NAE_ERA_R-2324_Eesti_Vabariigi_Pohiseaduslik_Assamblee, lk 60
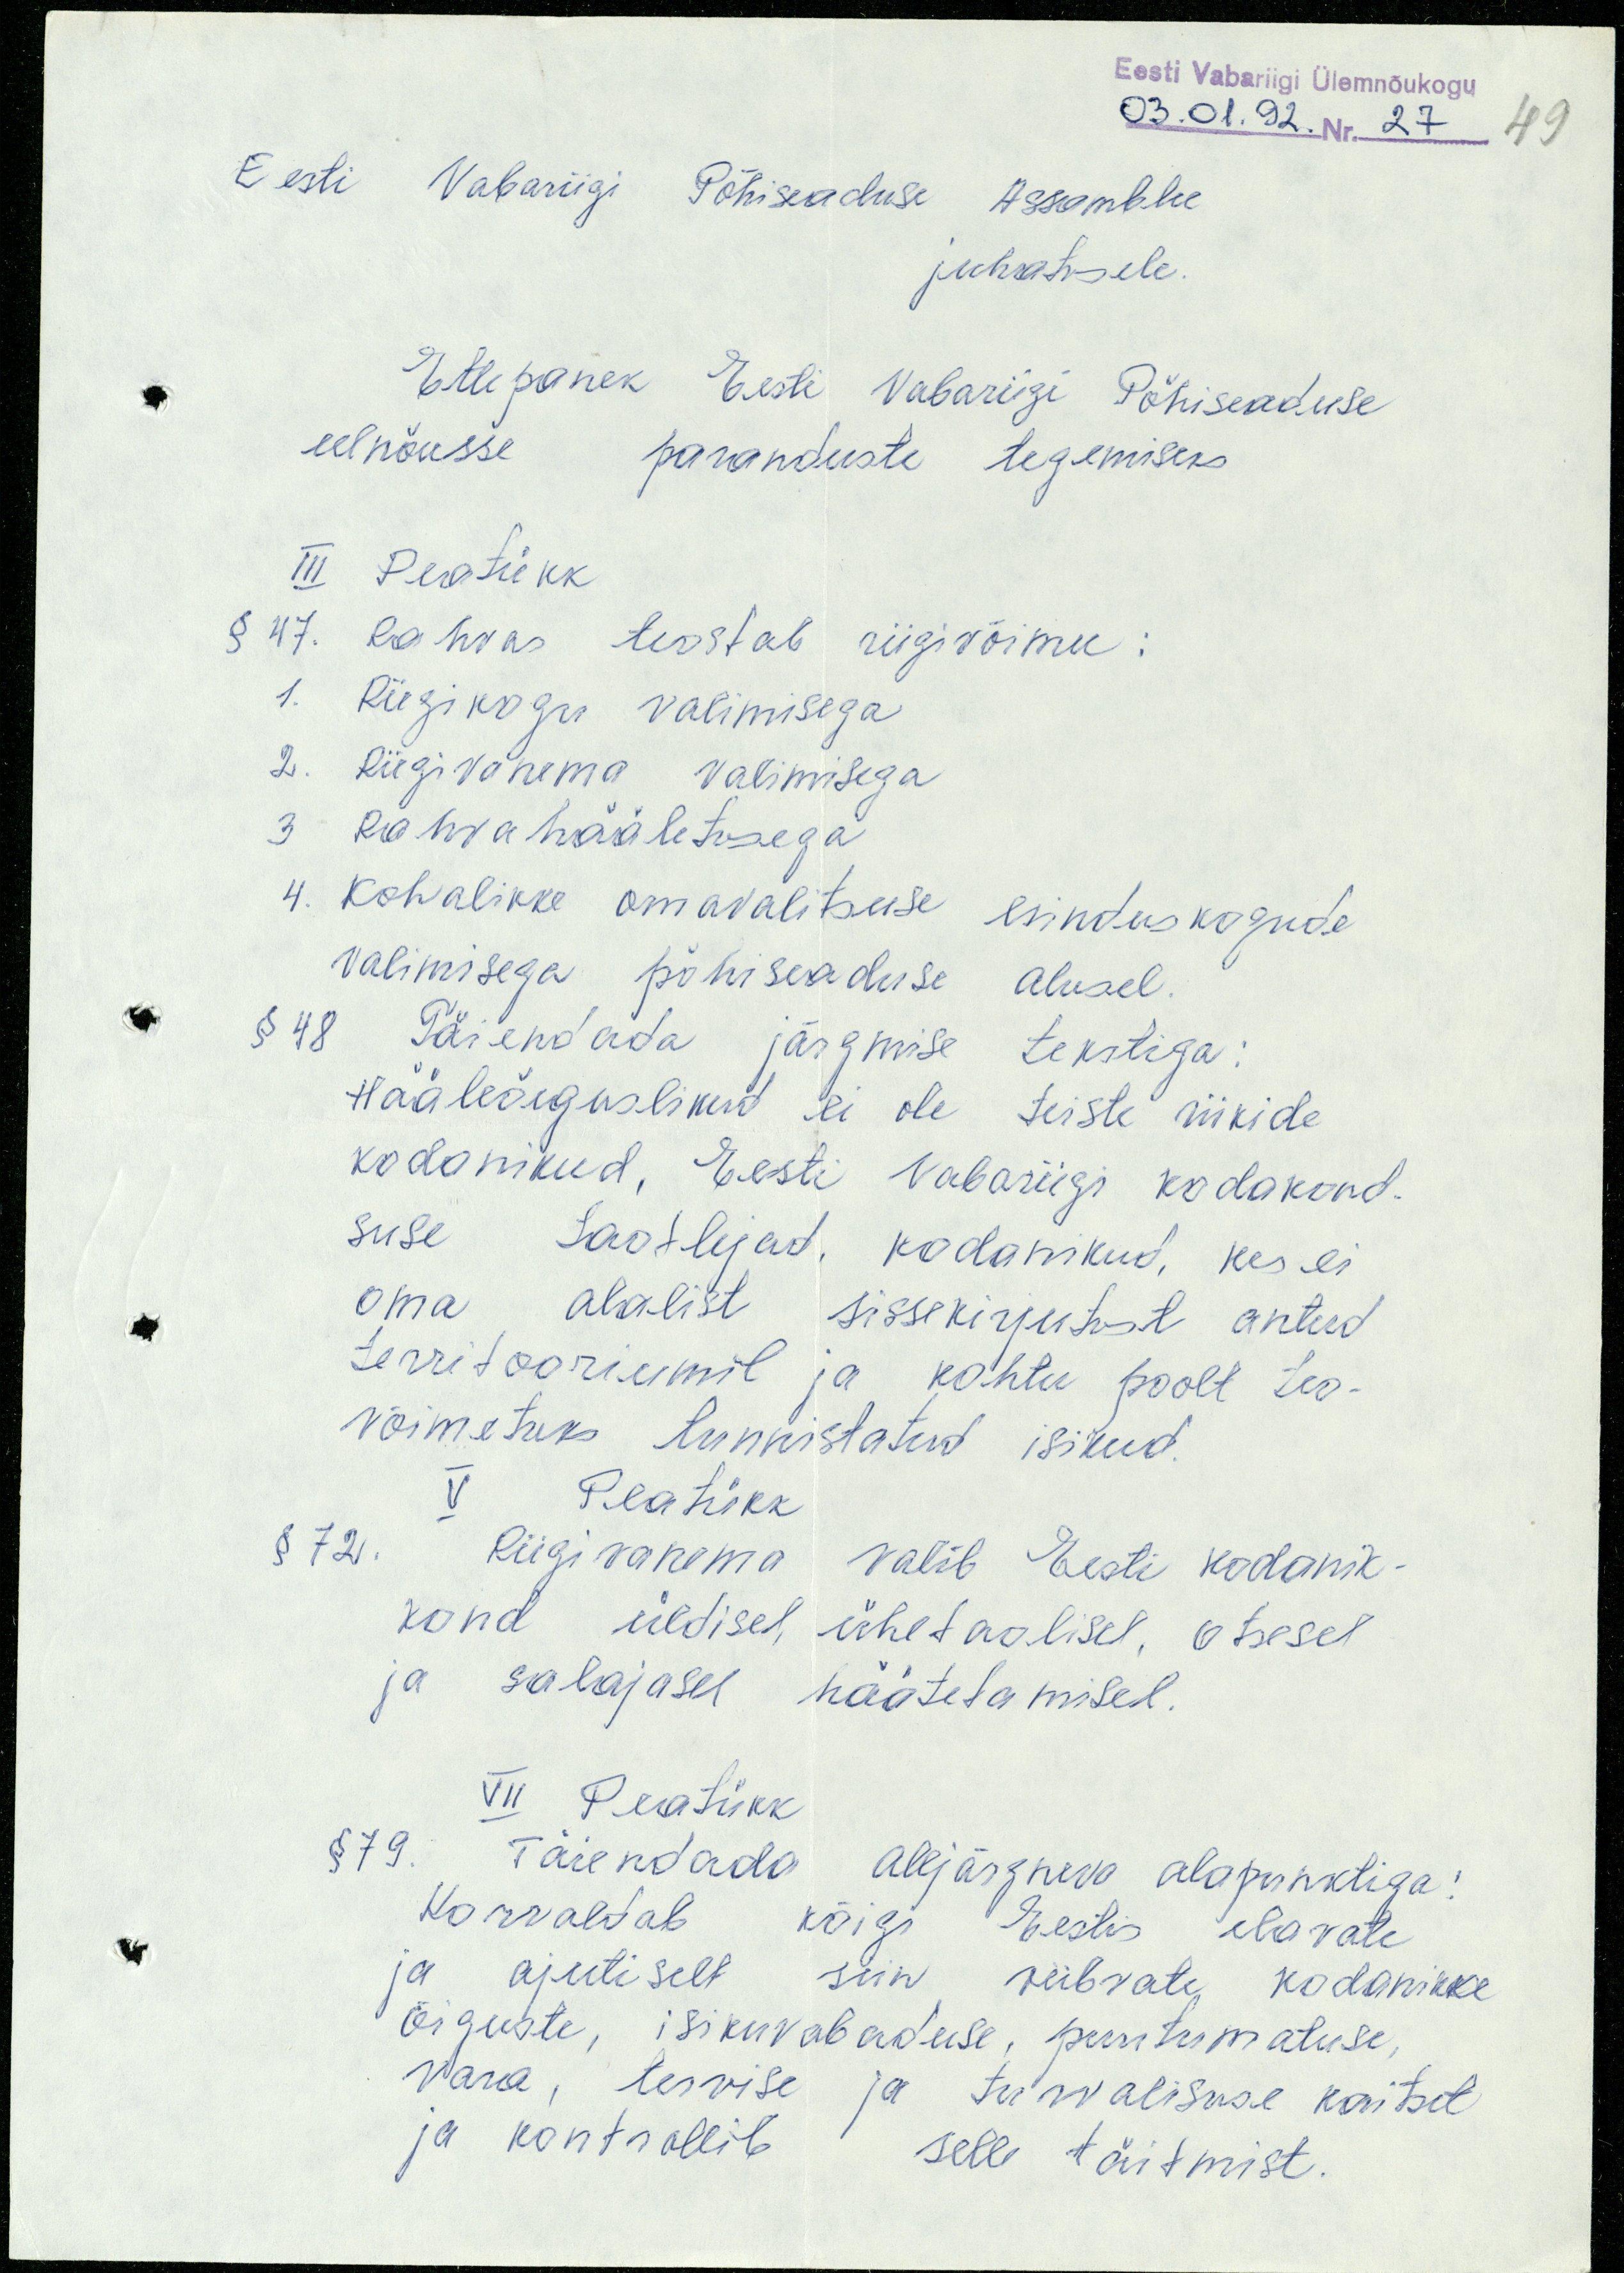
Eesti Vabariigi Ülemnõukogu
03.01.92. Nr. 27
49
Eesti Vabariigi Põhiseaduse Assamblee
juhatusele.
Ettepanek Eesti Vabariigi Põhiseaduse
eelnõusse paranduste tegemiseks
III Peatükk
§ 47. Rahvas teostab riigivõimu:
1. Riigikogu valimisega.
2. Riigivanema valimisega
3 Rahvahääletusega
4. Kohalikke omavalitsuse esinduskogude
valimisega põhiseaduse alusel.
§ 48 Täiendada järgmise tekstiga:
Hääleõiguslikud ei ole teiste riikide
kodanikud, Eesti Vabariigi kodakond-
suse taotlejad, kodanikud, kes ei
oma alalist sissekirjutust antud
territooriumil ja kohtu poolt teo-
võimetuks tunnistatud isikud.
V Peatükk
§ 72. Riigivanema valib Eesti kodanik-
kond üldisel, ühetaolisel, otsesel
ja salajasel hääletamisel.
VII Peatükk
§ 79. Täiendada alljärgneva alapunktiga:
Korraldab kõigi Eestis elavate
ja ajutiselt siin viibivate kodanikke
õiguste, isikuvabaduse, puutumatuse,
vara, tervise ja turvalisuse kaitset
ja kontrollib selle täitmist.